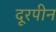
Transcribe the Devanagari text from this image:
दूरपीन